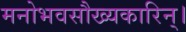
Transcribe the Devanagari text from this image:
मनोभवसौख्यकारिन्।